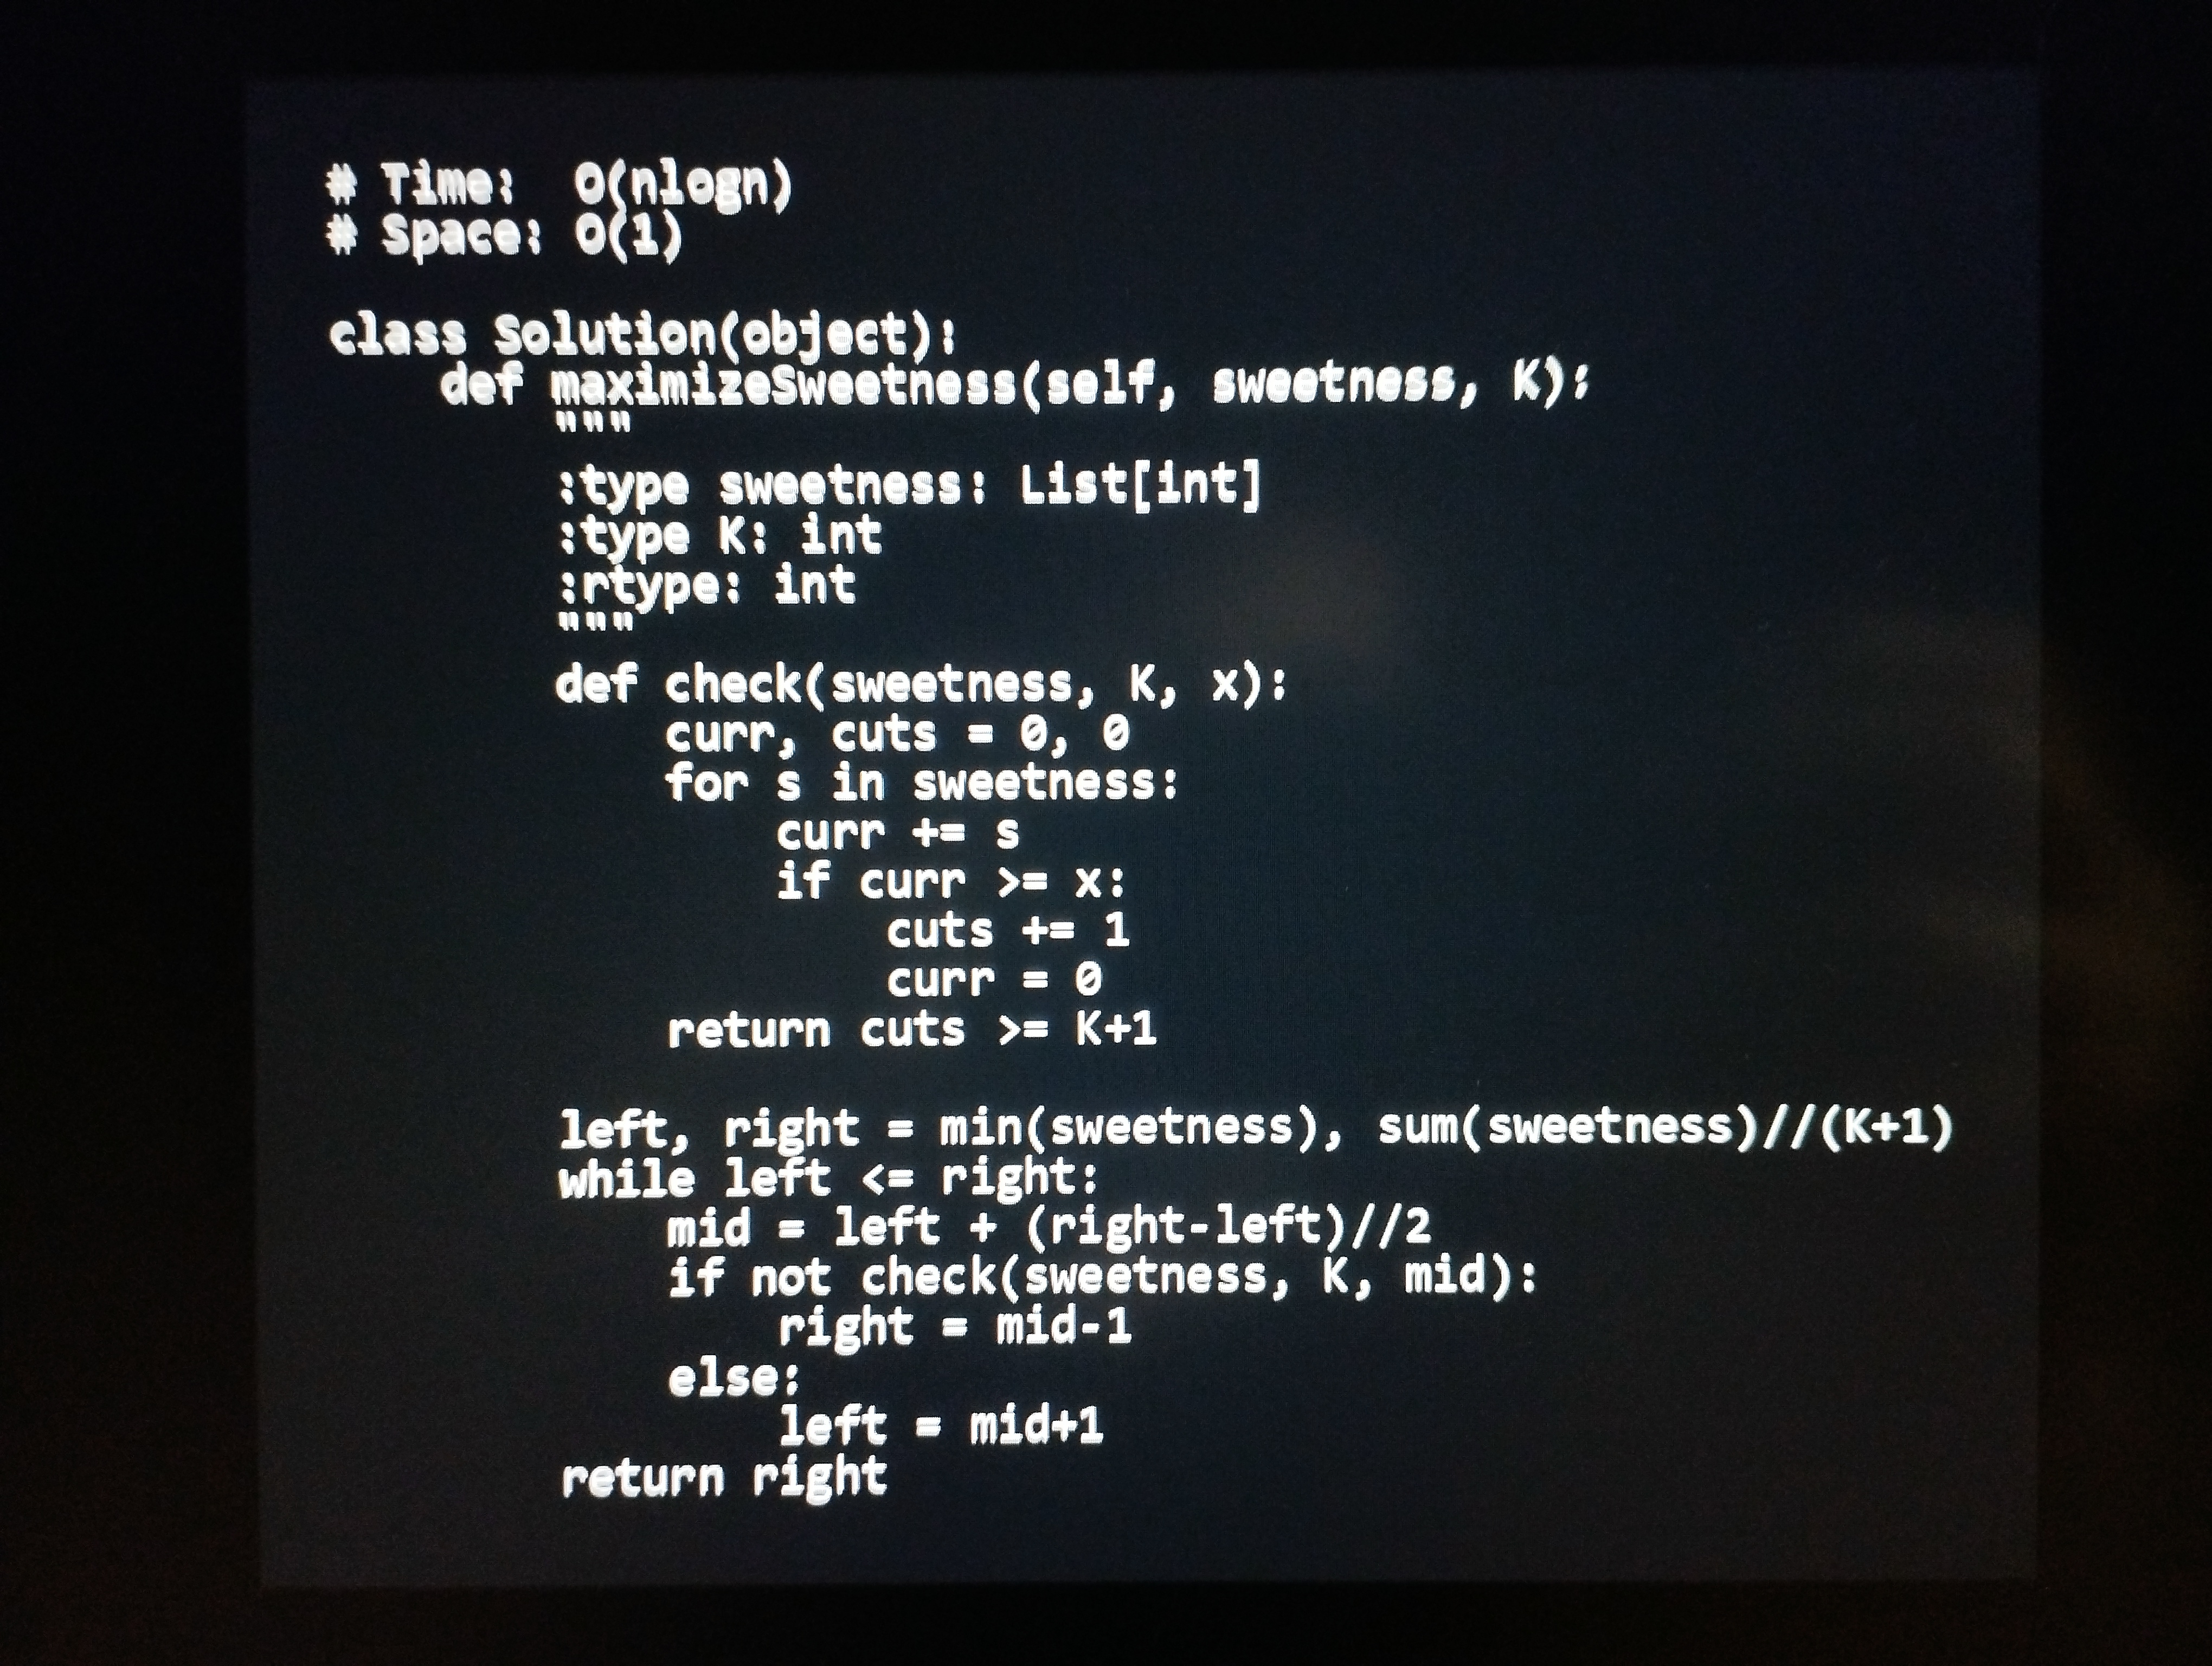
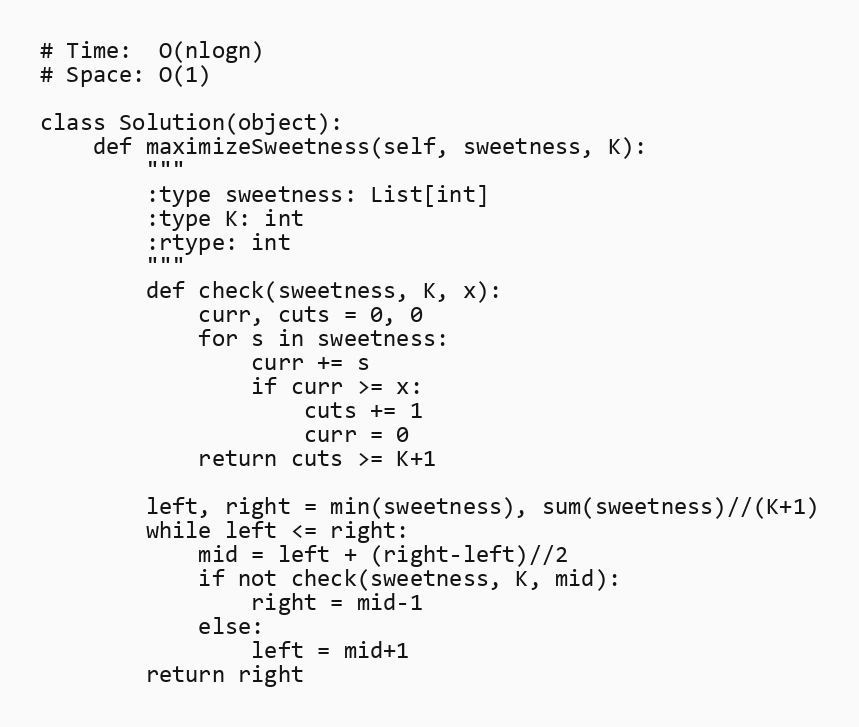
# Time:  O(nlogn)
# Space: O(1)

class Solution(object):
    def maximizeSweetness(self, sweetness, K):
        """
        :type sweetness: List[int]
        :type K: int
        :rtype: int
        """
        def check(sweetness, K, x):
            curr, cuts = 0, 0
            for s in sweetness:
                curr += s
                if curr >= x:
                    cuts += 1
                    curr = 0
            return cuts >= K+1

        left, right = min(sweetness), sum(sweetness)//(K+1)
        while left <= right:
            mid = left + (right-left)//2
            if not check(sweetness, K, mid):
                right = mid-1
            else:
                left = mid+1
        return right